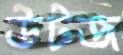
উটজ